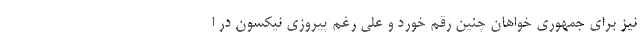
نیز برای جمهوری خواهان چنین رقم خورد و علی رغم پیروزی نیکسون در ا